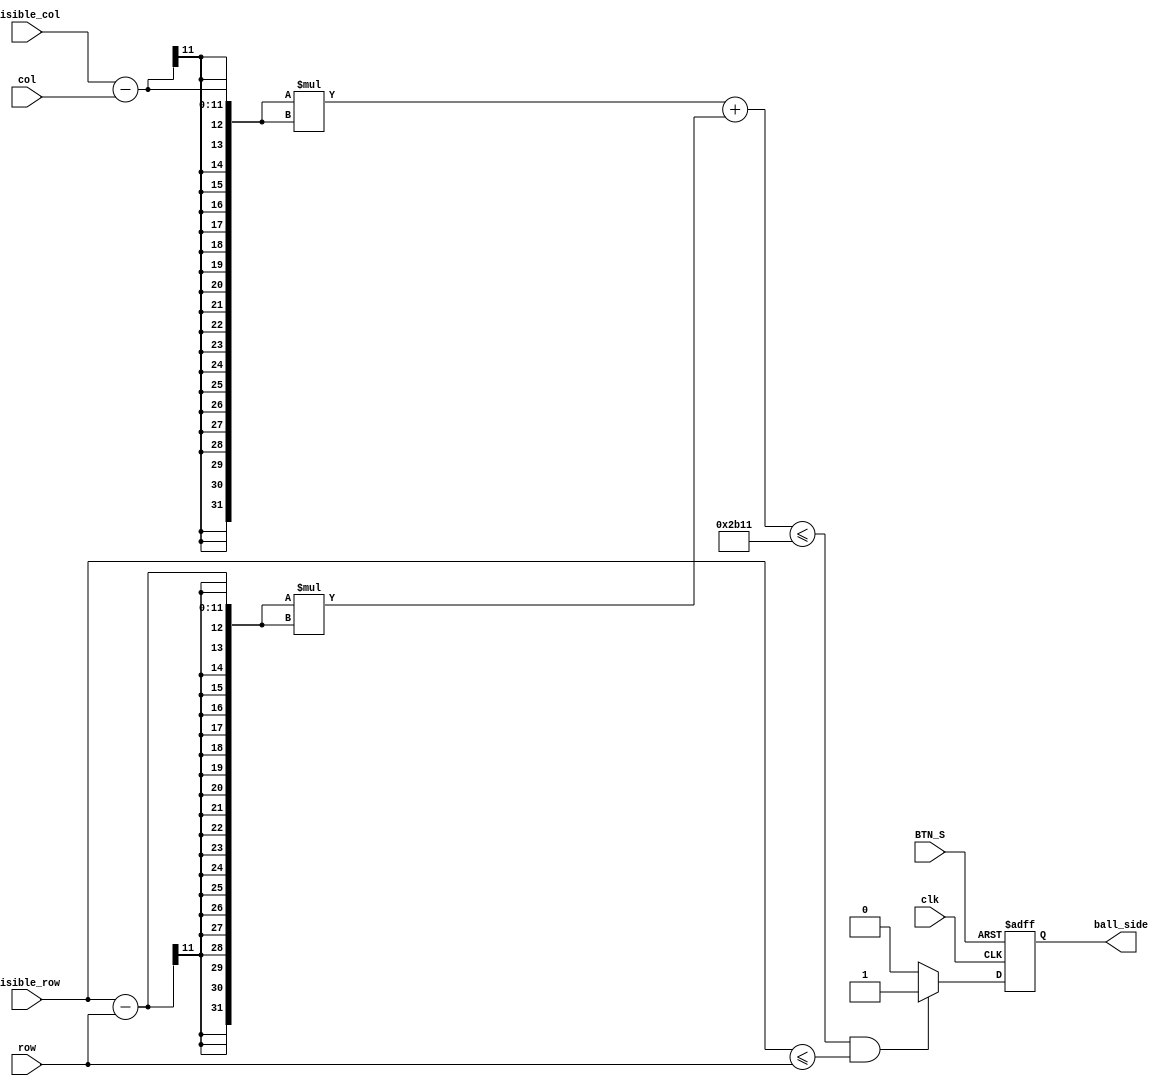
module lower_side(ball_side,visible_col,visible_row,col,row,clk,BTN_S);

input clk,BTN_S;
input[10:0]row,col,visible_col,visible_row;
output reg ball_side;

wire lower_side;

assign lower_side = ( (((visible_col-col)*(visible_col-col) + (visible_row-row)*(visible_row-row)) <= 11025) & (visible_row <= row) );

always@(posedge clk or posedge BTN_S)begin
	if(BTN_S)ball_side<=1'b0;
	else if(lower_side)ball_side<=1'b1;
	else ball_side<=1'b0;
end

endmodule